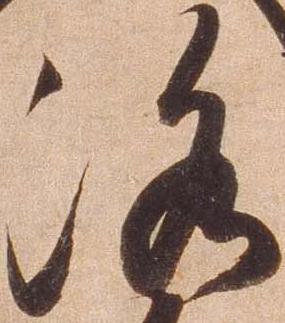
洛